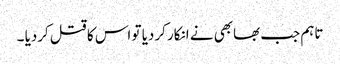
تاہم جب بھابھی نے انکار کردیا تو اس کا قتل کردیا ۔